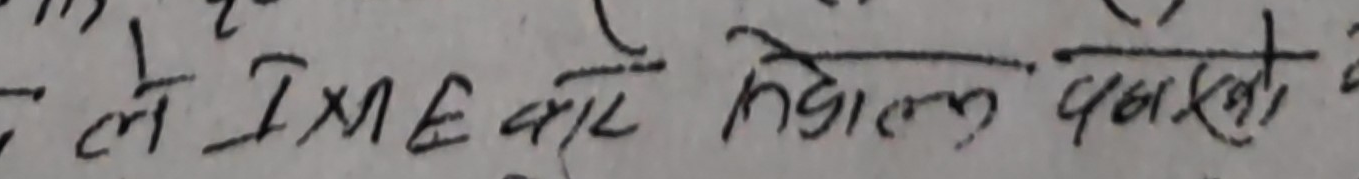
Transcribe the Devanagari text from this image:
ले IMe वारे तेह्रौँ पटकको